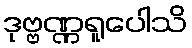
ဒုဗ္ဗဏ္ဏရူပေါသိ